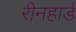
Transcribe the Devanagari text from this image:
रीनहार्ड